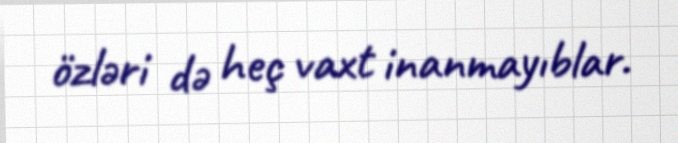
özləri də heç vaxt inanmayıblar.